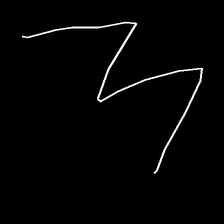
Glyph: crush